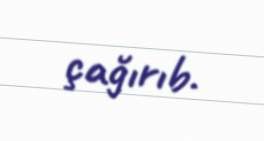
çağırıb.